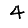
Digit: 4